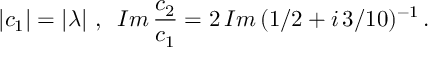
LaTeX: | c _ { 1 } | = | \lambda | \, \, , \, \, \, I m \, \frac { c _ { 2 } } { c _ { 1 } } = 2 \, I m \, ( 1 / 2 + i \, 3 / 1 0 ) ^ { - 1 } \, .